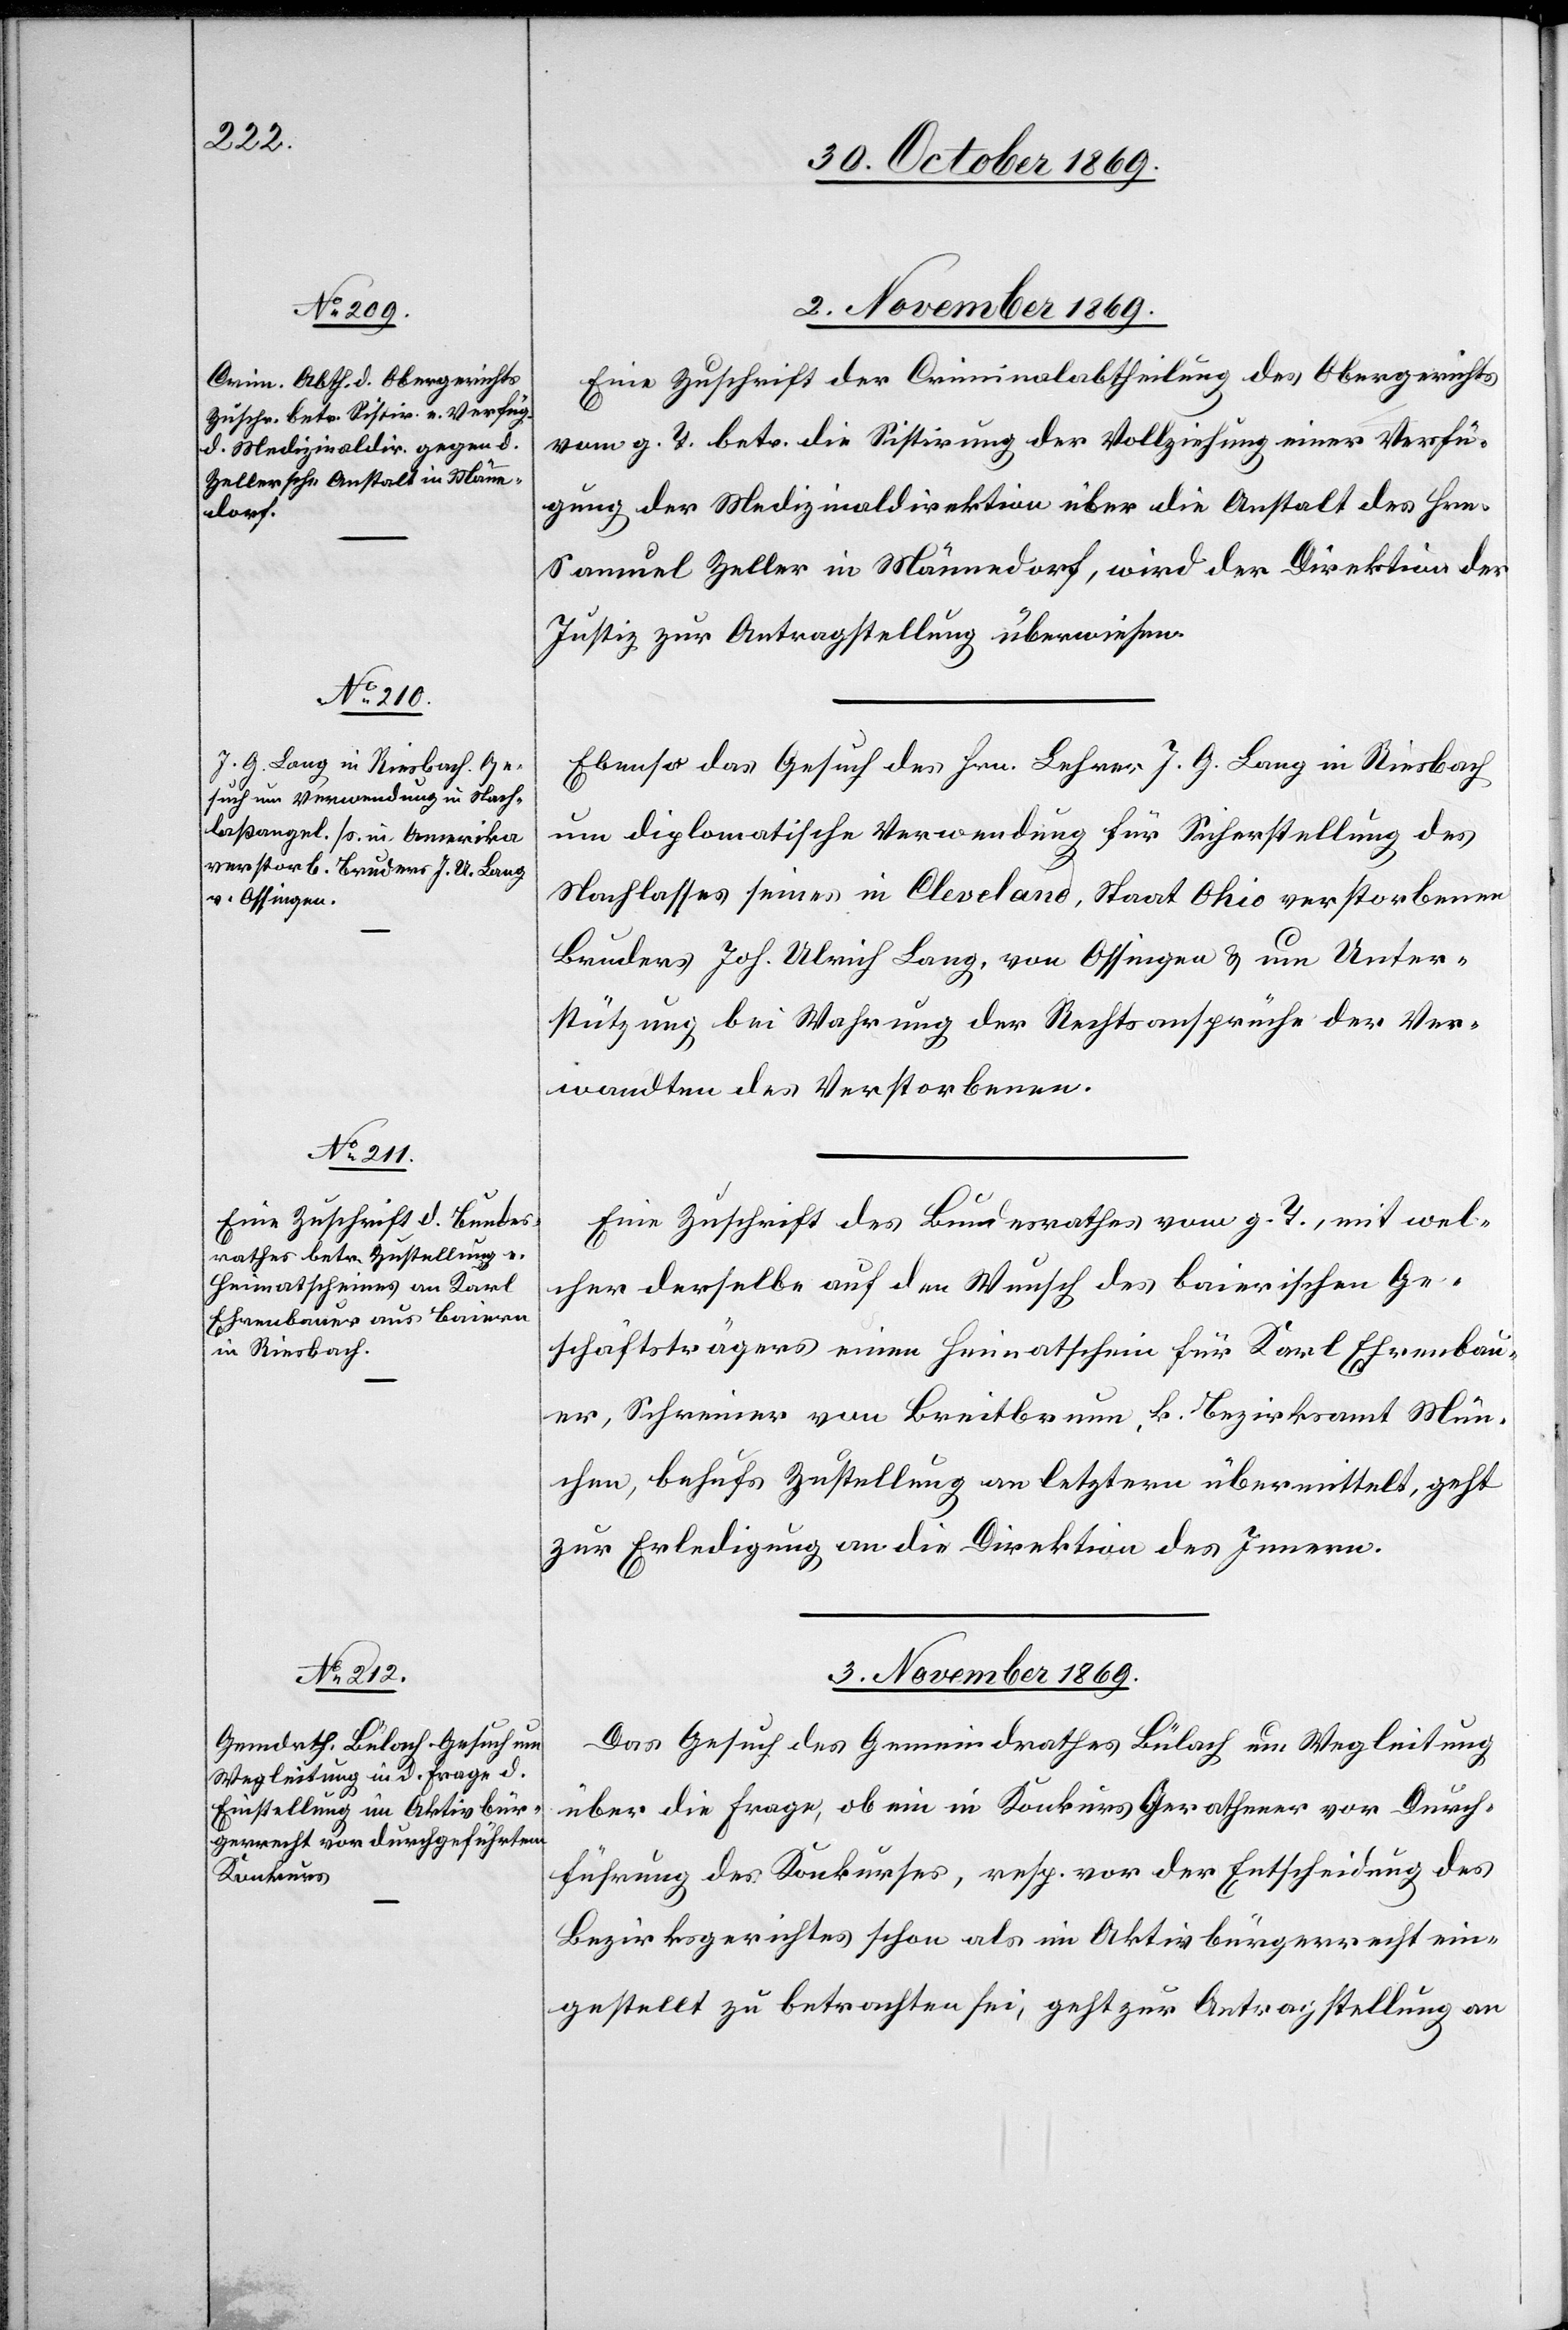
2. November 1869.]
Eine Zuschrift der Criminalabtheilung des Obergerichts
vom g. T. betr. die Sistirung der Vollziehung einer Verfü¬
gung der Medizinaldirektion über die Anstalt des Hrn.
Samuel Zeller in Männedorf, wird der Direktion der
Justiz zur Antragstellung überwiesen.
Ebenso das Gesuch des Hrn. Lehrer J. G. Lang in Riesbach
um diplomatische Verwendung für Sicherstellung des
Nachlasses seines in Cleveland, Staat Ohio verstorbenen
Bruders Joh. Ulrich Lang, von Ossingen & um Unter¬
stützung bei Wahrung der Rechtsansprüche der Ver¬
wandten des Verstorbenen.
Eine Zuschrift des Bundesrathes vom g. T., mit wel¬
cher derselbe auf den Wunsch des baierischen Ge¬
schäftsträgers einen Heimatschein für Karl Ehrenbau¬
er, Schreiner von Breitbrunn, k. Bezirksamt Mün¬
chen, behufs Zustellung an letztern übermittelt, geht
zur Erledigung an die Direktion des Innern.
3. November 1869.
Das Gesuch des Gemeindrathes Bülach um Wegleitung
über die Frage, ob ein in Konkurs Gerathener vor Durch¬
führung des Konkurses, resp. vor der Entscheidung des
Bezirksgerichtes schon als im Aktivbürgerrecht ein¬
gestellt zu betrachten sei, geht zur Antragstellung an